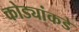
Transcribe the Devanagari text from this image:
कोड्यांकडे